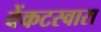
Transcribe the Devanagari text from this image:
वेंकटस्वारा